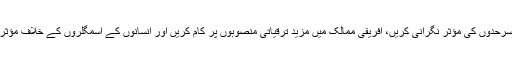
اپنے اس انٹرویو میں جرمن چانسلر کا کہنا تھا، ’’اگر ہم مہاجرت کی وجوہات سے نبرد آزما ہوں، سرحدوں کی مؤثر نگرانی کریں، افریقی ممالک میں مزید ترقیاتی منصوبوں پر کام کریں اور انسانوں کے اسمگلروں کے خلاف مؤثر اقدامات کریں تو قانونی مہاجرت کے بارے میں پائے جانے والے تحفظات بھی ختم ہو جائیں گے۔